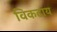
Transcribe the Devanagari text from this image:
विकटाय